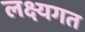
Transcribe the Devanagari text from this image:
लक्ष्यगत